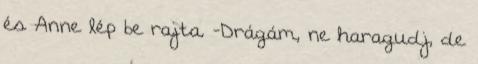
és Anne lép be rajta. -Drágám, ne haragudj, de